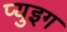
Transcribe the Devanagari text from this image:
प्युइग